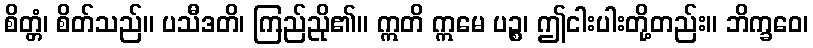
စိတ္တံ၊ စိတ်သည်။ ပသီဒတိ၊ ကြည်ညို၏။ ဣတိ ဣမေ ပဉ္စ၊ ဤငါးပါးတို့တည်း။ ဘိက္ခဝေ၊